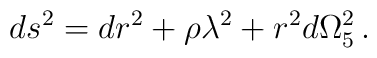
ds^2=dr^2+\rho\lambda^2+r^2d\Omega_5^2\, .